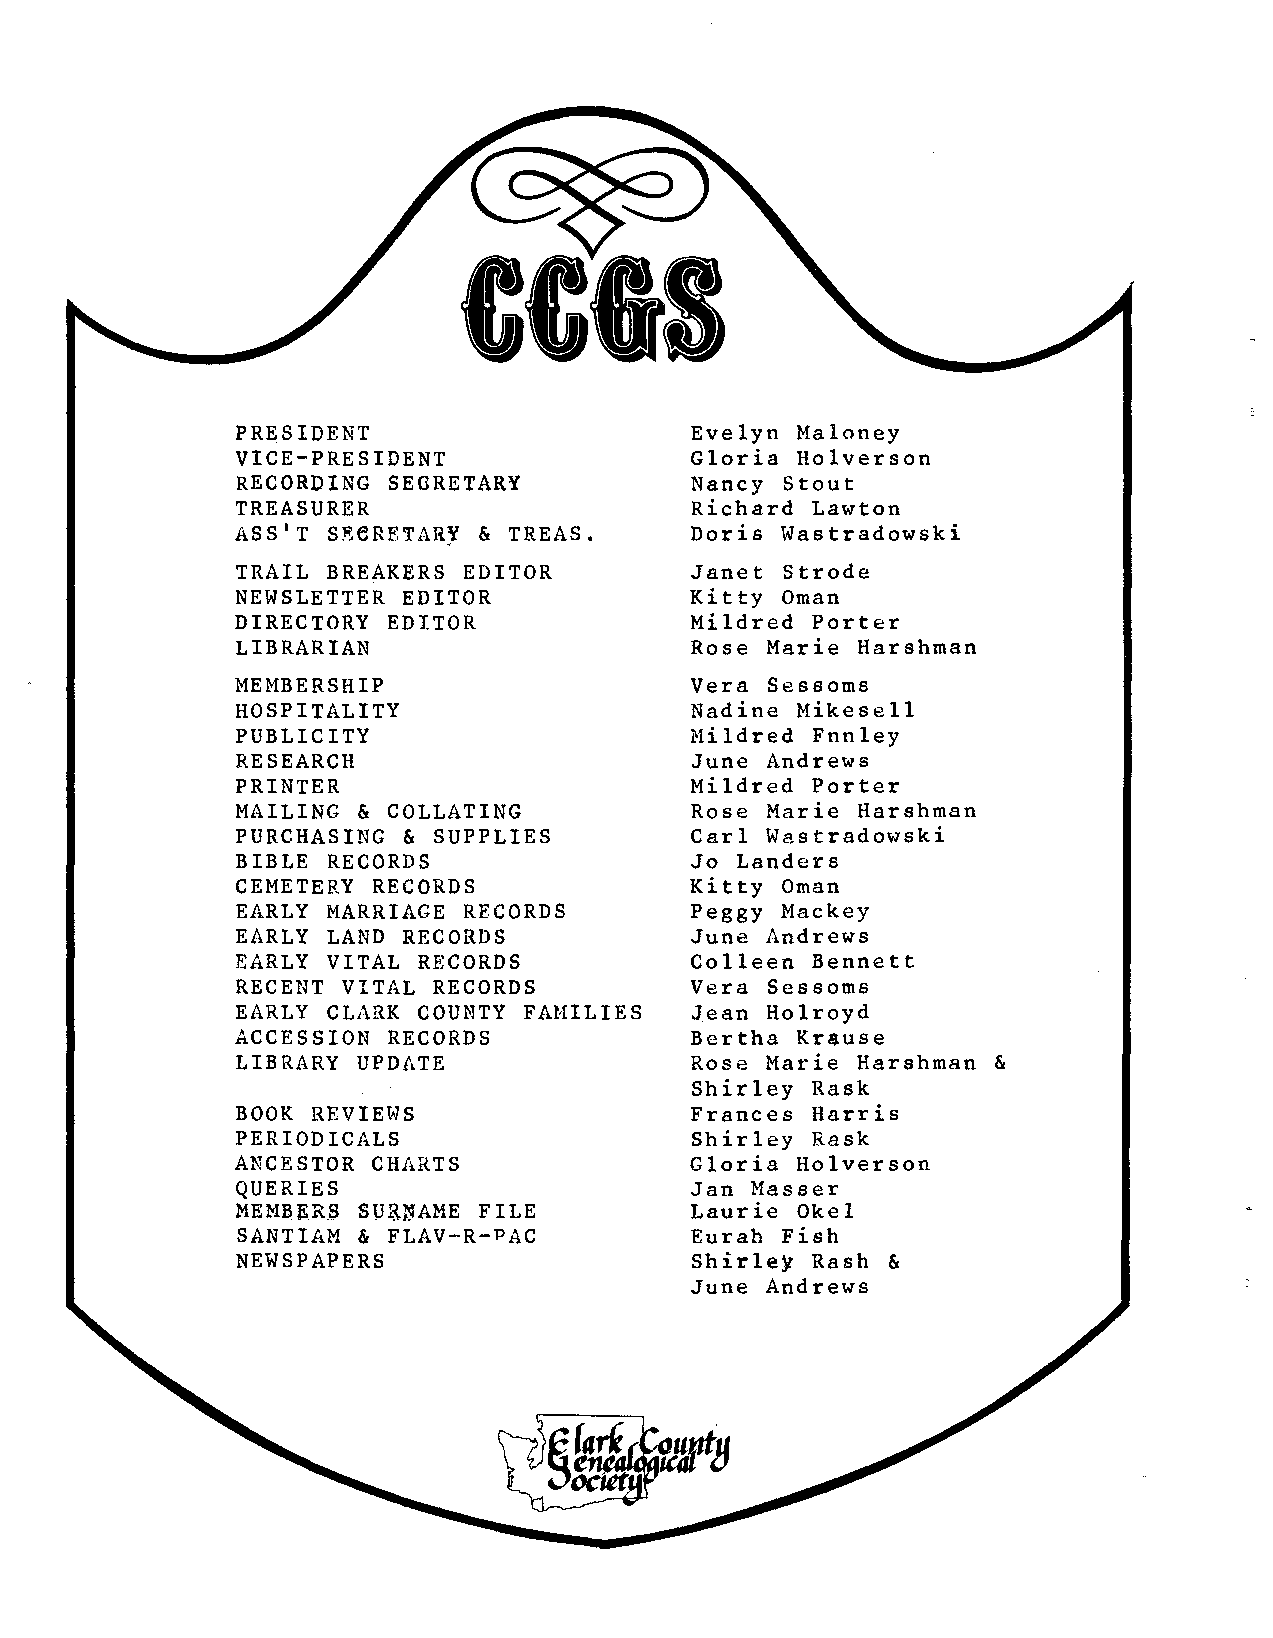
PRESIDENT                     Evelyn Maloney
 VICE-PRESIDENT                Gloria Holverson
 RECORDING SEGRETARY           Nancy Stout
 TREASURER                     Richard Lawton
 ASS'T SF.GRETARr & TREAS.     Doris Wastradowski
 TRAIL BREAKERS EDITOR         Janet Strode
 NEWSLETTER EDITOR             Kitty Oman
 DIRECTORY EDITOR              Mildred Porter
 LIBRARIAN                     Rose Marie Harshman
 MEMBERSHIP                    Vera Sessoms
 HOSPITALITY                   Nadine Mikesell
 PUBLICITY                     Mildred Fnnley
 RESEARCH                      June Andrews
 PRINTER                       Mildred Porter
 MAILING & COLLATING           Rose Marie Harshman
 PURCHASING & SUPPLIES         Carl Wastradowski
 BIBLE RECORDS                 Jo Landers
 CEMETERY RECORDS              Kitty Oman
 EARLY MARRIAGE RECORDS        Peggy Mackey
 EARLY LAND RECORDS            June Andrews
 EARLY VITAL RECORDS           Colleen Bennett
 RECENT VITAL RECORDS          Vera Sessoms
 EARLY CLARK COUNTY FAMILIES   Jean Holroyd
 ACCESSION RECORDS             Bertha Krause
 LIBRARY UPDATE                Rose Marie Harshman &
 Shirley Rask
 BOOK REVIEWS                  Frances Harris
 PERIODICALS                   Shirley Rask
 ANCESTOR CHARTS               Gloria Holverson
 QUERIES                       Jan Masser
 MEMBERS SURNAME FILE          Laurie Okel
 SANTIAM & FLAV-R-PAC          Eurah Fish
 NEWSPAPERS                    Shirley Rash &
 June Andrews